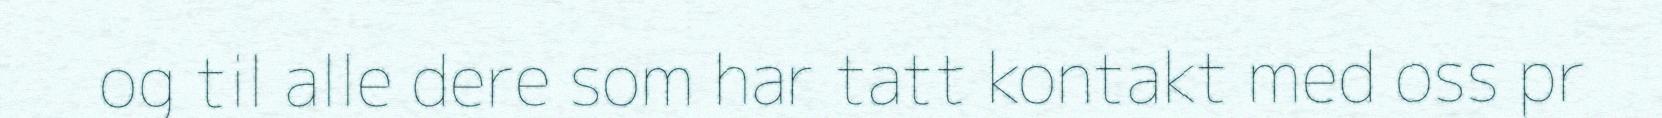
og til alle dere som har tatt kontakt med oss pr